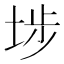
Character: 埗